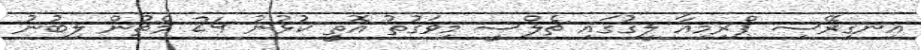
އިނގިރޭސި ޕްރިމިއާ ލީގުގައި ޗެލްސީ މިވަގުތު އޮތީ ކުޅުނު 24 މެޗުން ލިބުނު